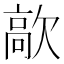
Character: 歊